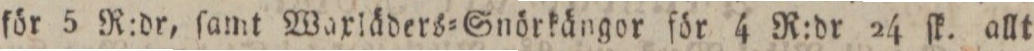
för 5 R:dr, ſamt Waxläders=Snörkängor för 4 R:dr 24 ſk. allt